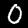
Digit: 0